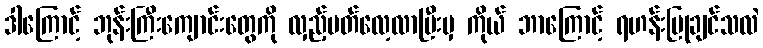
ဒါကြောင့် ဘုန်းကြီးကျောင်းတွေကို လှည့်ပတ်လေ့လာပြီးမှ ကိုယ် ဘာကြောင့် ရဟန်းပြုချင်သလဲ